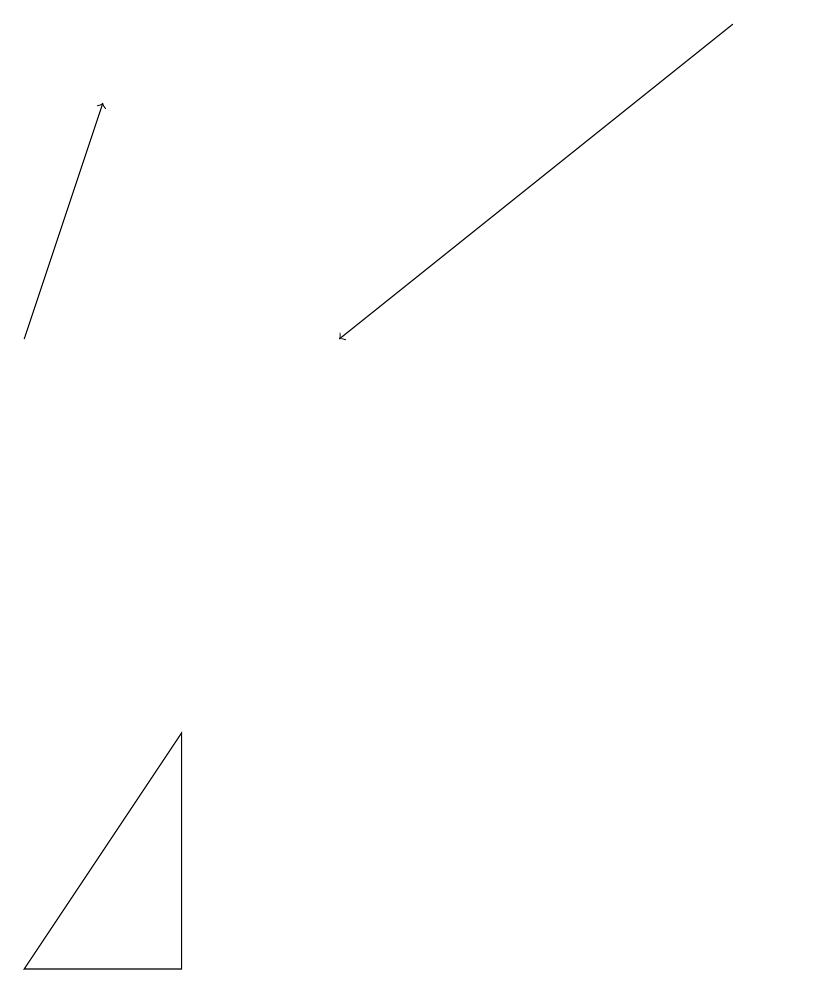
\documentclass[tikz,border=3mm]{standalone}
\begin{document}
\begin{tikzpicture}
\draw (2,9) -- (2,6) -- (0,6) -- cycle;
\draw[->] (9,18) -- (4,14);
\draw[->] (0,14) -- (1,17);
\draw (10,12) circle (0);
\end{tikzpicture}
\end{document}